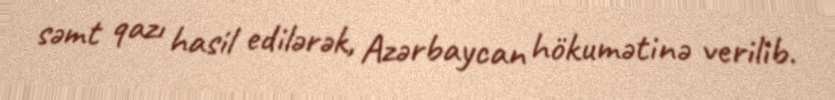
səmt qazı hasil edilərək, Azərbaycan hökumətinə verilib.